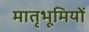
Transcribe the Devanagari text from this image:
मातृभूमियों